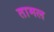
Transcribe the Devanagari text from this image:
तामल